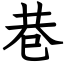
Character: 巷